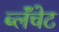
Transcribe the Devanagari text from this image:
ब्लॅंचेट